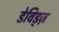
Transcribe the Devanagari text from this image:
डेविड्ज़